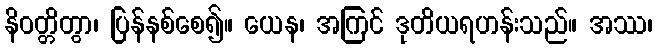
နိဝတ္တိတွာ၊ ပြန်နစ်စေ၍။ ယေန၊ အကြင် ဒုတိယရဟန်းသည်။ အဿ၊